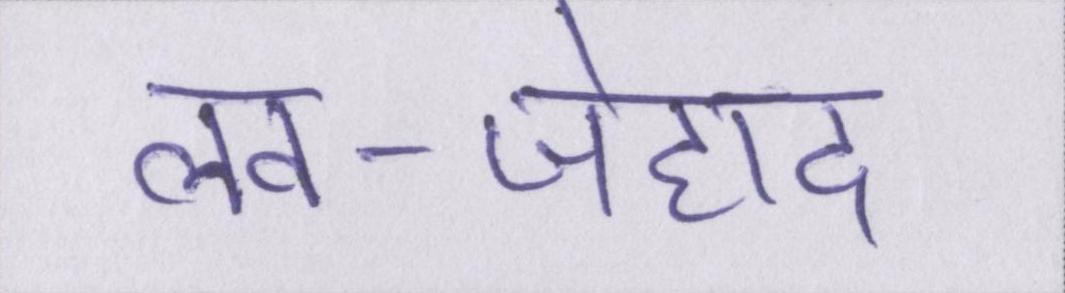
लव-जेहाद